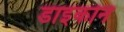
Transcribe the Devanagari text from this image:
डाइकोन